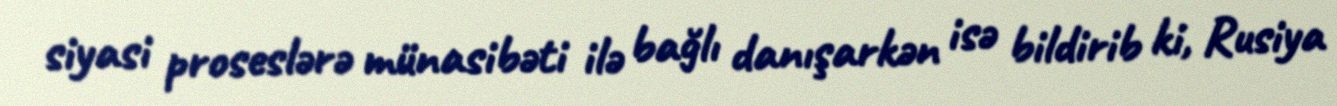
siyasi proseslərə münasibəti ilə bağlı danışarkən isə bildirib ki, Rusiya